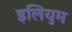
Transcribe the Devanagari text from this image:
इलियुम